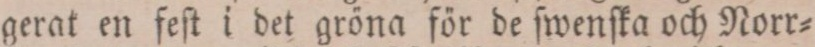
gerat en feſt i det gröna för de ſwenſka och Norr=